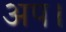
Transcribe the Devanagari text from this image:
अप।